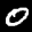
Label: 0